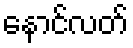
နောင်လတ်